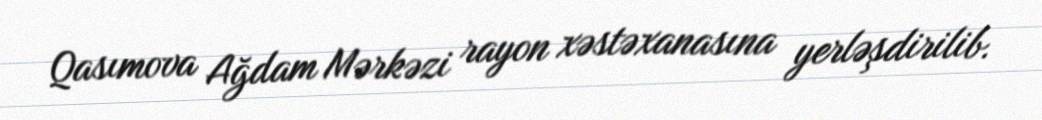
Qasımova Ağdam Mərkəzi rayon xəstəxanasına yerləşdirilib.